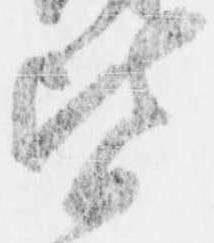
皆